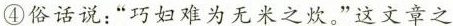
④俗话说：”巧妇难为无米之炊。”这文章之